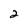
Character: 2